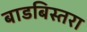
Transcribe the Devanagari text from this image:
बाडबिस्तरा